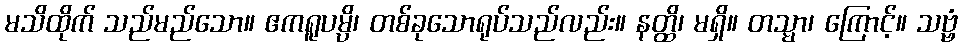
မသိထိုက် သည်မည်သော။ ဧကရူပမ္ပိ၊ တစ်ခုသောရုပ်သည်လည်း။ နတ္ထိ၊ မရှိ။ တသ္မာ၊ ကြောင့်။ သဗ္ဗံ